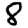
Digit: 8